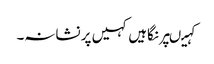
کہیںپر نگاہیں کہیں پر نشانہ۔